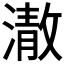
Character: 𭲕